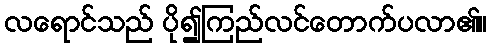
လရောင်သည် ပို၍ကြည်လင်တောက်ပလာ၏။